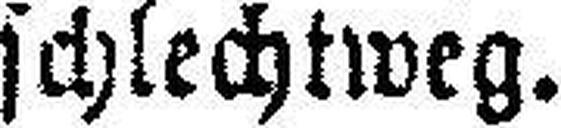
schlechtweg.